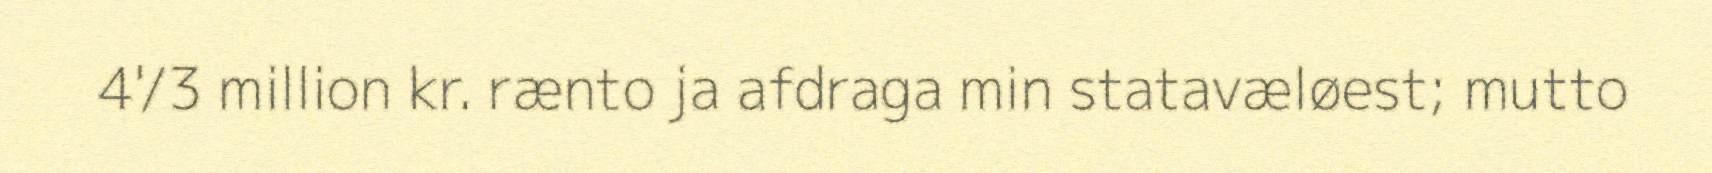
4'/3 million kr. rænto ja afdraga min statavæløest; mutto